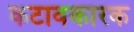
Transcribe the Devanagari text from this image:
कटावकारक